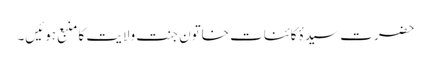
حضرت سیدۂ کائنات خاتونِ جنت ولایت کا منبع ہوئیں۔